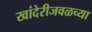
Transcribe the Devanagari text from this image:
खांदेरीजवळच्या